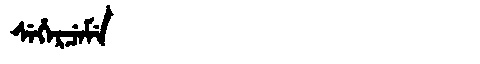
Manchu: ᠰᡝᡥᡝᡵᠴᡝᠮᡝ
Romanization: SEHERCEME